Indian Civil Veterinary Department memoirs
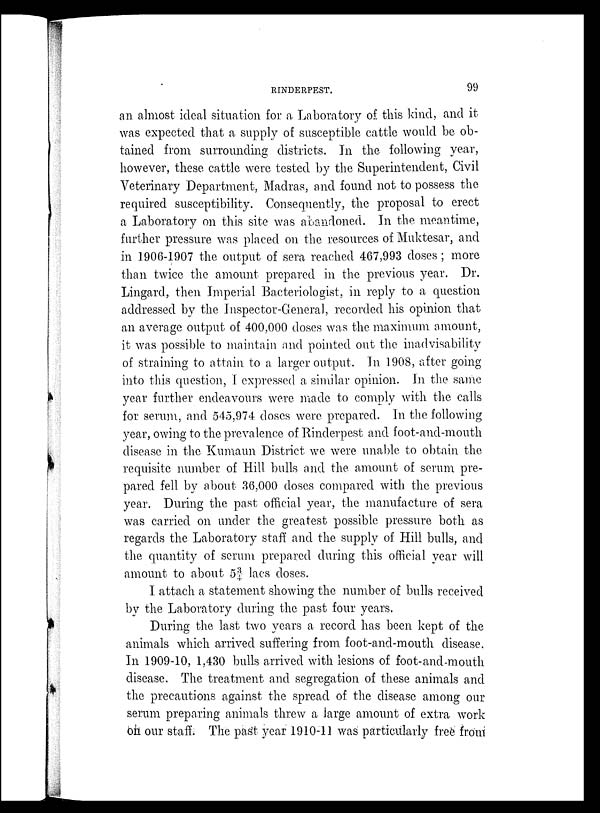
RINDERPEST.
99
an almost ideal situation for a Laboratory of this kind, and it
was expected that a supply of susceptible cattle would be ob-
tained from surrounding districts. In the following year,
however, these cattle were tested by the Superintendent, Civil
Veterinary Department, Madras, and found not to possess the
required susceptibility. Consequently, the proposal to erect
a Laboratory on this site was abandoned. In the meantime,
further pressure was placed on the resources of Muktesar, and
in 1906-1907 the output of sera reached 467,993 doses ; more
than twice the amount prepared in the previous year. Dr.
Lingard, then Imperial Bacteriologist, in reply to a question
addressed by the Inspector-General, recorded his opinion that
an average output of 400,000 doses was the maximum amount,
it was possible to maintain and pointed out the inadvisability
of straining to attain to a larger output. In 1908, after going
into this question, I expressed a similar opinion. In the same
year further endeavours were made to comply with the calls
for serum, and 545,974 doses were prepared. In the following
year, owing to the prevalence of Rinderpest and foot-and-mouth
disease in the Kumaun District we were unable to obtain the
requisite number of Hill bulls and the amount of serum pre-
pared fell by about 36,000 doses compared with the previous
year. During the past official year, the manufacture of sera
was carried on under the greatest possible pressure both as
regards the Laboratory staff and the supply of Hill bulls, and
the quantity of serum prepared during this official year will
amount to about 5¾ lacs doses.
I attach a statement showing the number of bulls received
by the Laboratory during the past four years.
During the last two years a record has been kept of the
animals which arrived suffering from foot-and-mouth disease.
In 1909-10, 1,430 bulls arrived with lesions of foot-and-mouth
disease. The treatment and segregation of these animals and
the precautions against the spread of the disease among our
serum preparing animals threw a large amount of extra work
on our staff. The past year 1910-11 was particularly free from